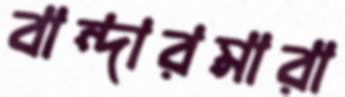
বান্দারমারা